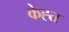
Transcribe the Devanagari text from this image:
केह्त